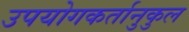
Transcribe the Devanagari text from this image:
उपयोगकर्तानुकुल